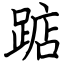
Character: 踮